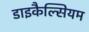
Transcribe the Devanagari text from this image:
डाइकैल्सियम